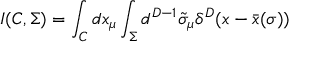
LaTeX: I ( C , \Sigma ) = \int _ { C } d x _ { \mu } \int _ { \Sigma } d ^ { D - 1 } \tilde { \sigma } _ { \mu } \delta ^ { D } ( x - \bar { x } ( \sigma ) )